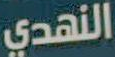
النهدي